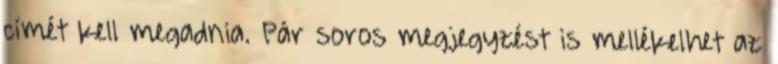
címét kell megadnia. Pár soros megjegyzést is mellékelhet az